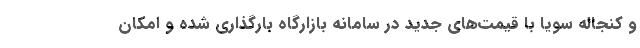
و کنجاله سویا با قیمت‌های جدید در سامانه بازارگاه بارگذاری شده و امکان